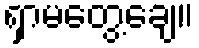
ရှာမတွေ့ချေ။